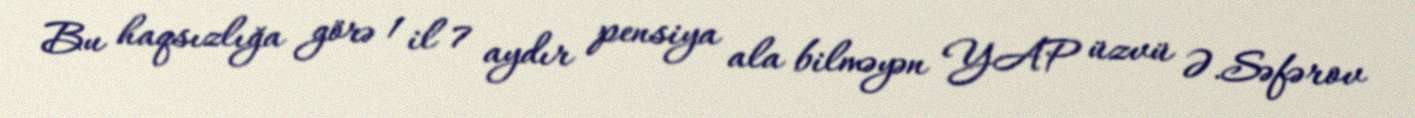
Bu haqsızlığa görə 1 il 7 aydır pensiya ala bilməyən YAP üzvü Ə.Səfərov